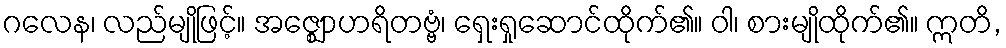
ဂလေန၊ လည်မျိုဖြင့်။ အဇ္ဈောဟရိတဗ္ဗံ၊ ရှေးရှုဆောင်ထိုက်၏။ ဝါ၊ စားမျိုထိုက်၏။ ဣတိ,